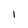
Character: 1